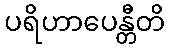
ပရိဟာပေန္တီတိ